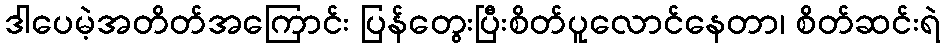
ဒါပေမဲ့အတိတ်အကြောင်း ပြန်တွေးပြီးစိတ်ပူလောင်နေတာ၊ စိတ်ဆင်းရဲ